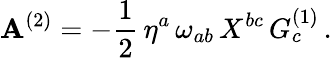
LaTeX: \mathbf{A}^{(2)}=-{\frac{{1}}{{2}}}\, \eta^{a}\, \omega_{ab}\, X^{bc}\, G_{c}^{(1)}\, .